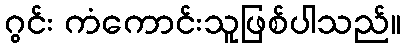
ဂွင်း ကံကောင်းသူဖြစ်ပါသည်။